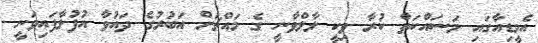
އެމީޑިއާގައި މަސައްކަތް ކުރާ ވިކީ ލާލްވާނީ ގެ މައްޗަށް އަބުރުގެ ދައުވާ އުފުލާފައިވަނީ